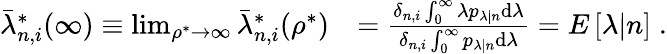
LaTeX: \begin{array}{rl}{\bar{\lambda}_{n,i}^{*}(\infty)\equiv\operatorname*{lim}_{\rho^{*}\to\infty}\bar{\lambda}_{n,i}^{*}(\rho^{*})}&{=\frac{\delta_{n,i}\int_{0}^{\infty}\lambda p_{\lambda|n}\mathrm{d}\lambda}{\delta_{n,i}\int_{0}^{\infty}p_{\lambda|n}\mathrm{d}\lambda}=E\left[\lambda|n\right]\; .}\end{array}